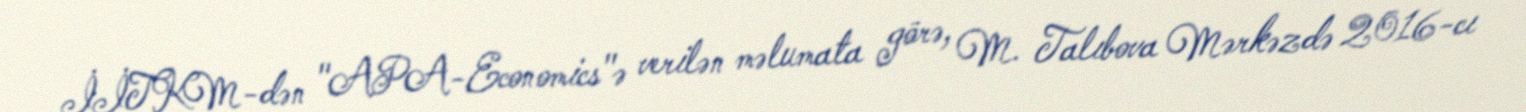
İİTKM-dən "APA-Economics"ə verilən məlumata görə, M. Talıbova Mərkəzdə 2016-cı